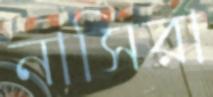
নাসিরা